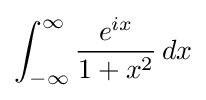
\int _{-\infty }^{\infty }{\frac {e^{ix}}{1+x^{2}}}\,dx